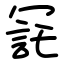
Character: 㓃